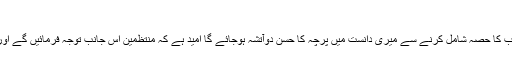
” گرقبول افتد زہے عز وشرف“
پرچہ کی اجتماعی حیثیت میں بچّوں کے نظمیہ ادب کا حصہ شامل کرنے سے میری دانست میں پرچہ کا حسن دوآتشہ ہوجائے گا امید ہے کہ منتظمین اس جانب توجہ فرمائیں گے اور بچّوں کا شعری ادب بھی پرچہ کا حصہ بنے گا۔